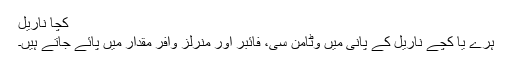
کچا ناریل
ہرے یا کچے ناریل کے پانی میں وٹامن سی، فائبر اور منرلز وافر مقدار میں پائے جاتے ہیں۔